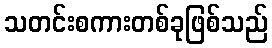
သတင်းစကားတစ်ခုဖြစ်သည်